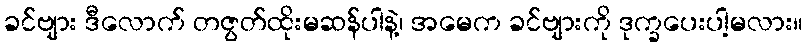
ခင်ဗျား ဒီလောက် တဇွတ်ထိုးမဆန်ပါနဲ့၊ အမေက ခင်ဗျားကို ဒုက္ခပေးပါ့မလား။